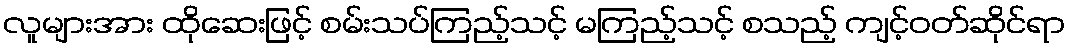
လူများအား ထိုဆေးဖြင့် စမ်းသပ်ကြည့်သင့် မကြည့်သင့် စသည့် ကျင့်ဝတ်ဆိုင်ရာ